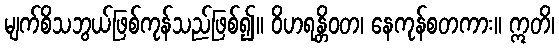
မျက်စိသဘွယ်ဖြစ်ကုန်သည်ဖြစ်၍။ ဝိဟရန္တိဝတ၊ နေကုန်စတကား။ ဣတိ၊